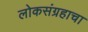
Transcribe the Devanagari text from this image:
लोकसंग्रहाचा